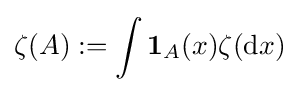
\zeta (A):=\int \mathbf {1} _{A}(x)\zeta (\mathrm {d} x)